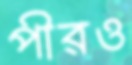
পীরও